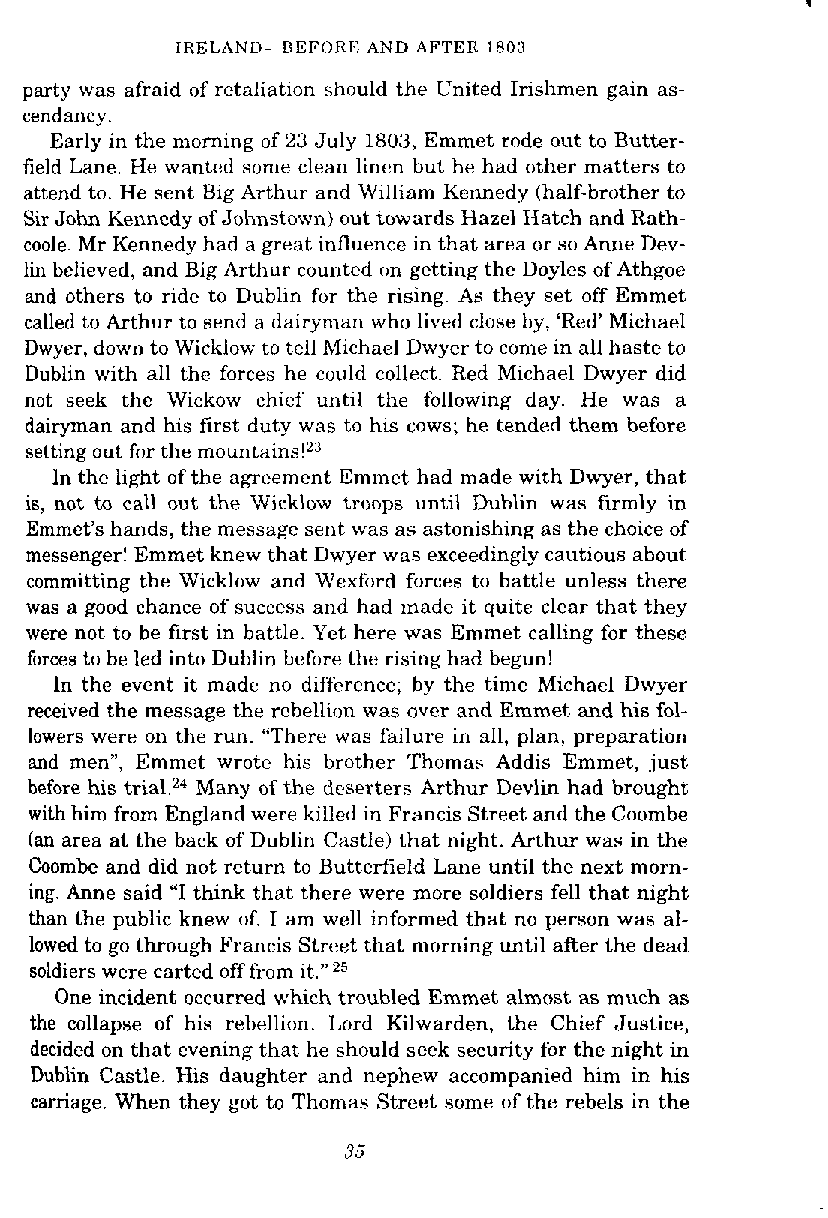
IRELAND-BEFORE AND AFTER 1803
 party was afraid of retaliation should the United Irishmen gain as-
 cendancy.
 Early in the morning of 23 July 1803, Emmet rode out to Butter-
 field Lane. He wanted some clean linen but he had other matters to
 attend to. He sent Big Arthur and William Kennedy (half-brother to
 Sir John Kennedy of Johnstown) out towards Hazel Hatch and Rath-
 cook Mr Kennedy had a great influence in that area or so Anne Dev-
 lin believed, and Big Arthur counted on getting the Doyles of Athgoe
 and others to ride to Dublin for the rising. As they set off Emmet
 called to Arthur to send a dairyman who lived close by, 'Red' Michael
 Dwyer, down to Wicklow to tell Michael Dwyer to come in all haste to
 Dublin with all the forces he could collect. Red Michael Dwyer did
 not seek the Wickow chief until the following day. He was a
 dairyman and his first duty was to his cows; he tended them before
 setting out for the mountains!'"
 In the light of the agreement Emmet had made with Dwyer, that
 is, not to call out the Wicklow troops until Dublin was firmly in
 Emmet's hands, the message sent was as astonishing as the choice of
 messenger! Emmet knew that Dwyer was exceedingly cautious about
 committing the Wicklow and Wexford forces to battle unless there
 was a good chance of success and had made it quite clear that they
 were not to be first in battle. Yet here was Emmet calling for these
 forces to be led into Dublin before the rising had begun!
 In the event it made no difference; by the time Michael Dwyer
 received the message the rcbellion was over and Emmet and his fol-
 lowers were on the run. "There was failure in all, plan, preparation
 and men", Emmet wrote his brother Thomas Addis Emmet, just
 before his Many of the deserters Arthur Devlin had brought
 with him from England were killed in Francis Street and the Coombe
 (an area at the back of Dublin Castle) that night. Arthur was in the
 Coombe and did not return to Butterfield Lane until the next morn-
 ing. Anne said "I think that there were more soldiers fell that night
 than the public knew of. I am well informed that no person was al-
 lowed to go through Francis Street that morning until after the dead
 soldiers were carted off from it."25
 One incident occurred which troubled Emmet almost as much as
 the collapse of his rebellion. Lord Kilwarden, the Chief Justice,
 decided on that evening that he should seek security for the night in
 Dublin Castle. His daughter and nephew accompanied him in his
 camage. When they got to Thomas Street some of the rebels in the